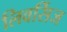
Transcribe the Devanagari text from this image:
लिवर्सिज